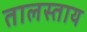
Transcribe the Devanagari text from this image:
तालस्ताय